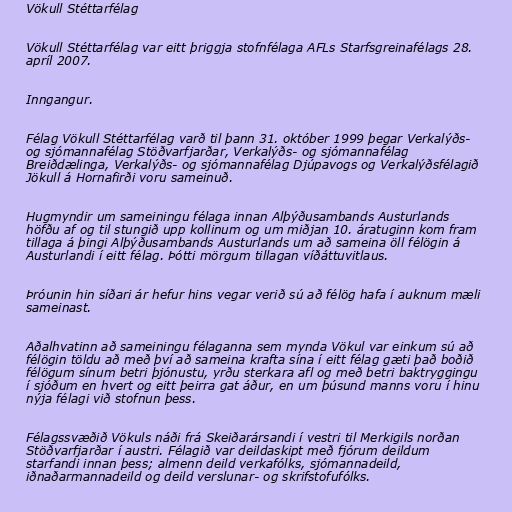
Vökull Stéttarfélag

Vökull Stéttarfélag var eitt þriggja stofnfélaga AFLs Starfsgreinafélags 28.
apríl 2007.

Inngangur.

Félag Vökull Stéttarfélag varð til þann 31. október 1999 þegar Verkalýðs-
og sjómannafélag Stöðvarfjarðar, Verkalýðs- og sjómannafélag
Breiðdælinga, Verkalýðs- og sjómannafélag Djúpavogs og Verkalýðsfélagið
Jökull á Hornafirði voru sameinuð.

Hugmyndir um sameiningu félaga innan Alþýðusambands Austurlands
höfðu af og til stungið upp kollinum og um miðjan 10. áratuginn kom fram
tillaga á þingi Alþýðusambands Austurlands um að sameina öll félögin á
Austurlandi í eitt félag. Þótti mörgum tillagan víðáttuvitlaus.

Þróunin hin síðari ár hefur hins vegar verið sú að félög hafa í auknum mæli
sameinast.

Aðalhvatinn að sameiningu félaganna sem mynda Vökul var einkum sú að
félögin töldu að með því að sameina krafta sína í eitt félag gæti það boðið
félögum sínum betri þjónustu, yrðu sterkara afl og með betri baktryggingu
í sjóðum en hvert og eitt þeirra gat áður, en um þúsund manns voru í hinu
nýja félagi við stofnun þess.

Félagssvæðið Vökuls náði frá Skeiðarársandi í vestri til Merkigils norðan
Stöðvarfjarðar í austri. Félagið var deildaskipt með fjórum deildum
starfandi innan þess; almenn deild verkafólks, sjómannadeild,
iðnaðarmannadeild og deild verslunar- og skrifstofufólks.